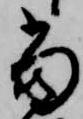
当